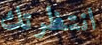
انتظرتك